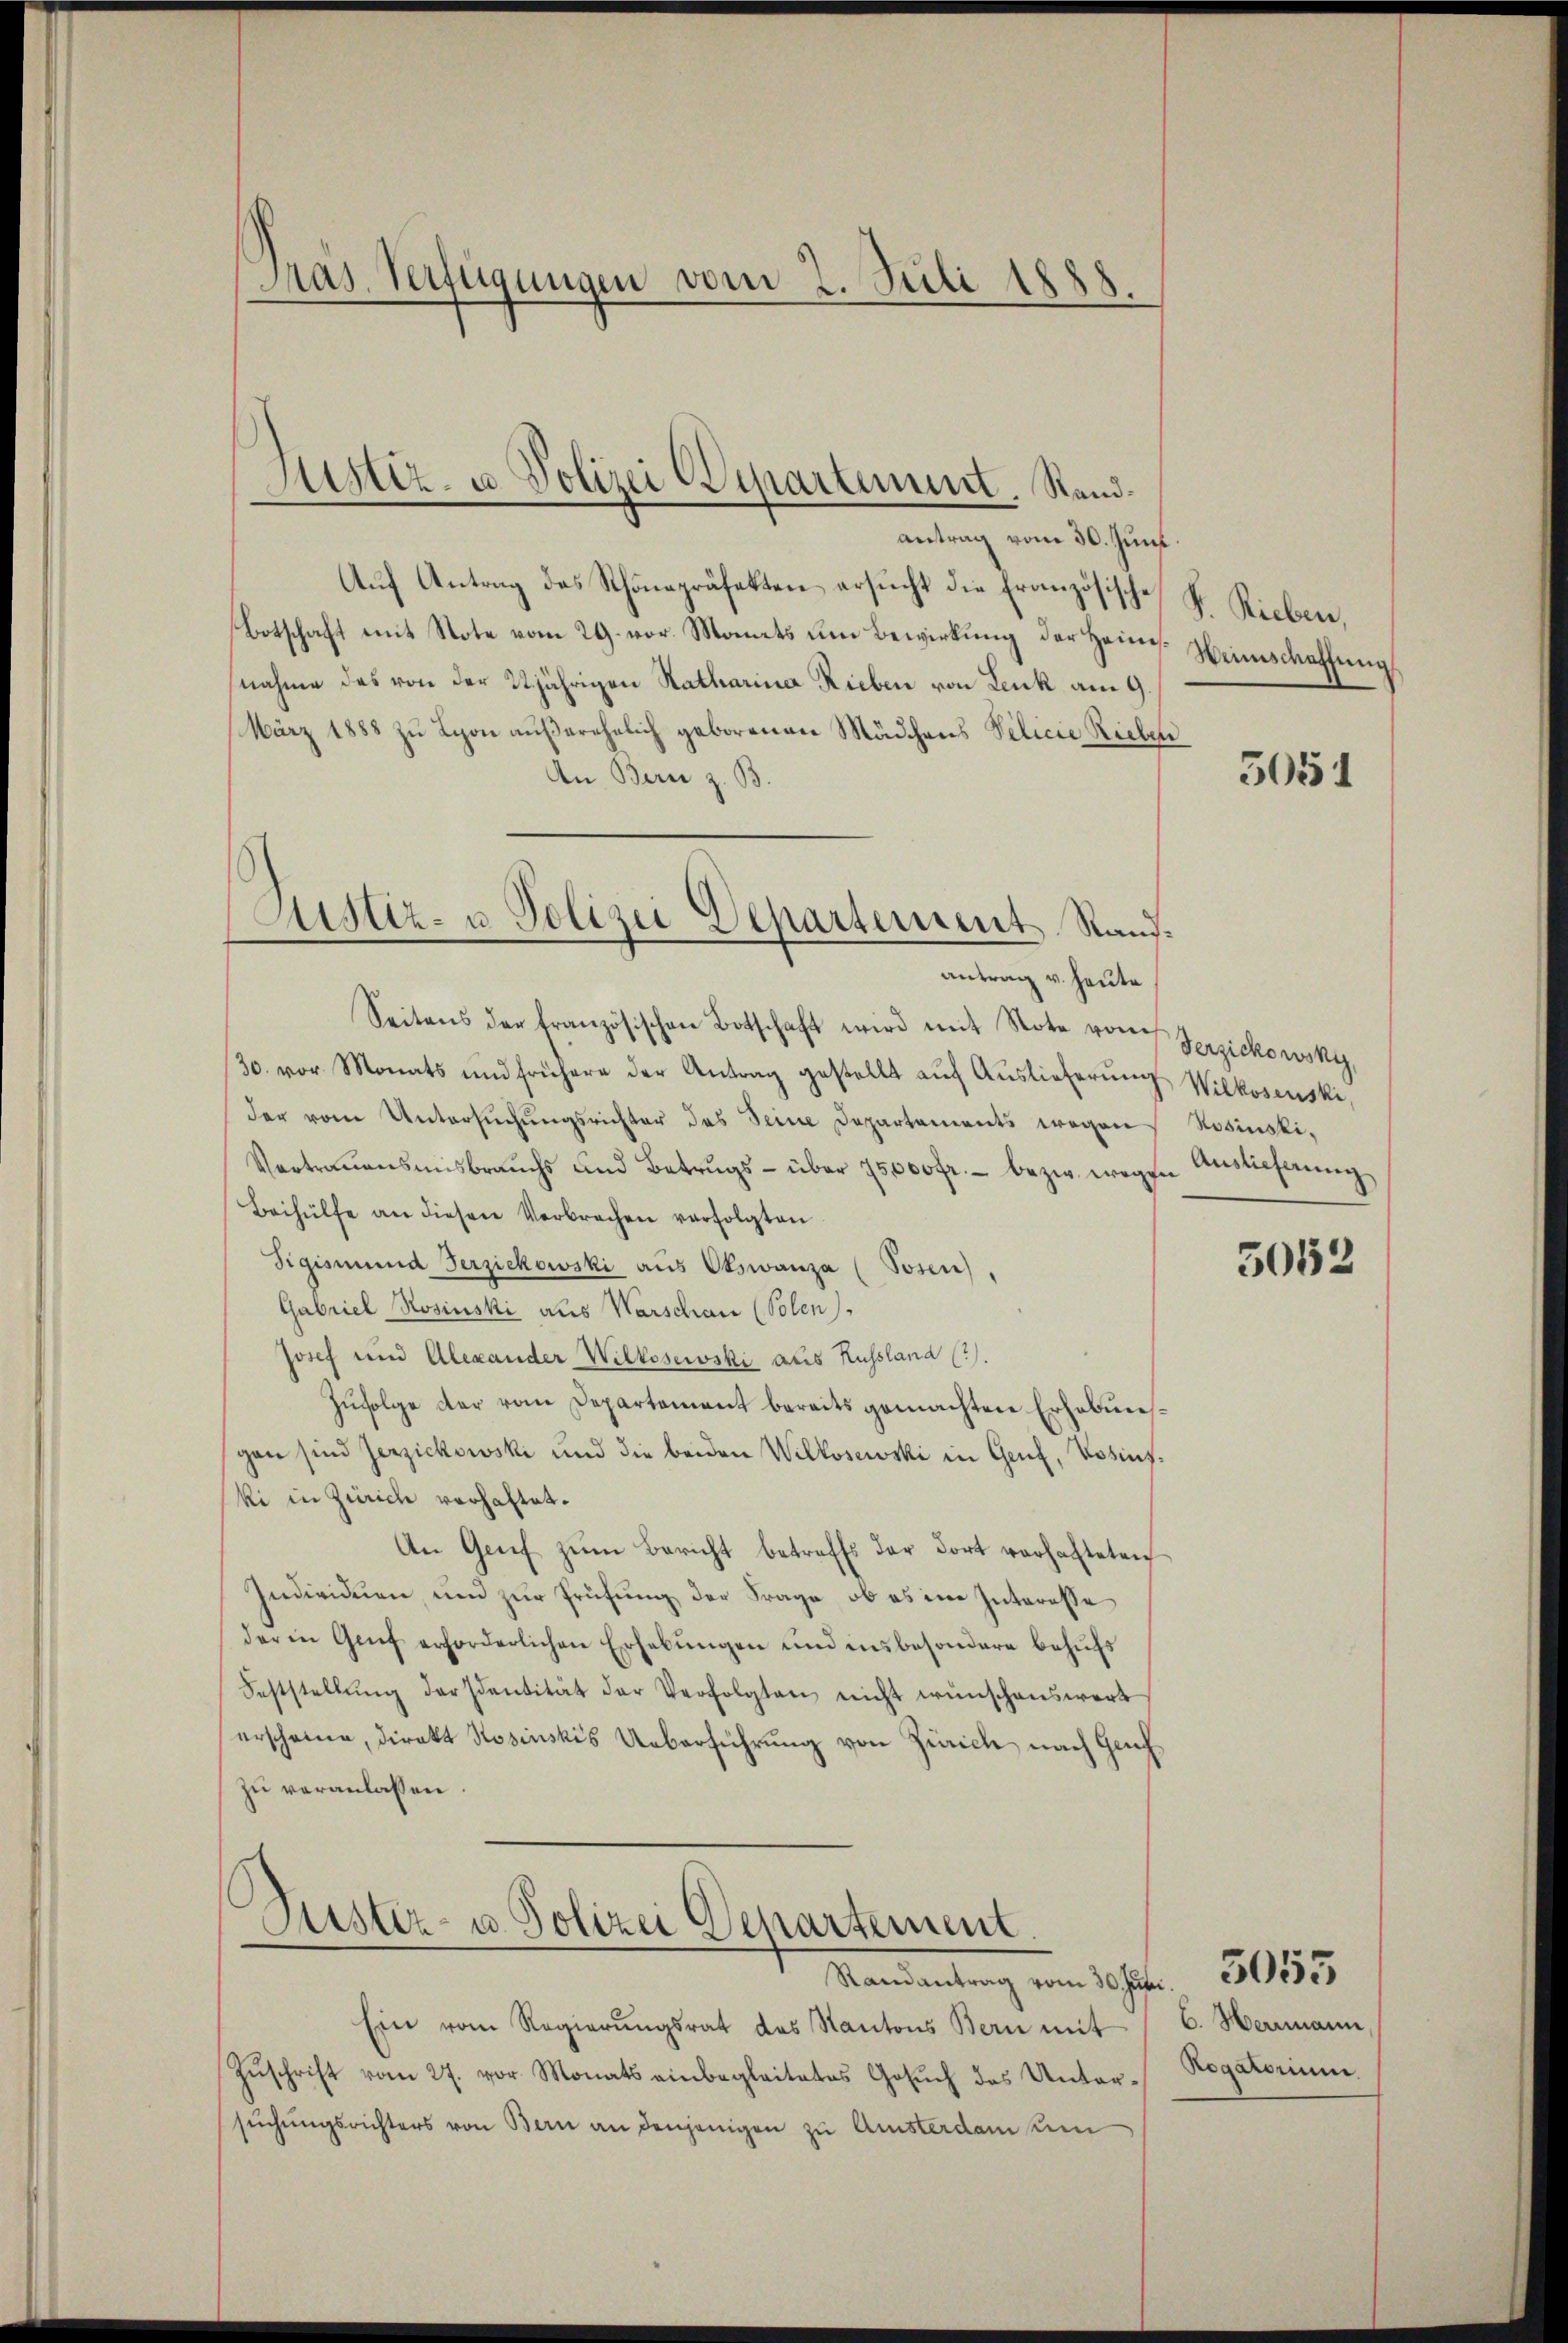
antrag vom 30. Juni
Auf Antrag des Schönepräfekten ersucht die französische
Botschaft mit Note vom 29. vor. Monats um Bewirkung der Heines
nahme das von der 22jährigen Ratharina Rieben von Leuk am 9.
März 1888 zu Lyon außerehelich geborenen Mädchens Pilicie Rieber
An Bern z. B.
Seitens der französischen Botschaft wird mit Note von Serpickowsky,
30. vor Monats und frühere der Antrag gestellt aŭf Aŭslieferŭng Wilkosenski,
der vom Untersŭchŭngsrichter das Seine Departements wegen
Vertrauensmisbrauchs und Betrŭgs- über 75,000 fr. - bezw. wegen Auslieferung
Beihülfe an diesen Verbrechen verfolgten
Sigismund Terzickowski aus Obzwanza (Posen,
Gabriel Rosinski aus Warschau (Solen.
Josef und Alexander Wilkosewski aus Russland (3).
Zufolge der vom Departement bereits gemachten Erhebunggen sind Zerzickowski und die beiden Wilkosewski in Genf, Vorinski in Zürich verhaltet.
An Genf zum Bericht betreffs der dort verhafteten
Individuen, und zur Prüfung der Frage, ob es im Interesse
der in Genf erforderlichen Erhebŭngen und insbesondere behŭfs
Feststellŭng der Identität der Verfolgten nicht wünschenswert
erscheine, direkt Rosinskis Ueberführung von Zürich nach Guh
zu veranlassen.

Mas. Verfügungen vom 2. Juli 1888.

Justiz- u. Polizei Departement. Stand.

Justiz- u Polizei Departement Rand.
antrag v. heute.

Randantrag vom 30. Jur.     2555
Ein vom Regierŭngsrat des Kantons Bern mit
Zuschrift vom 27. vor Monats einbegleitetes Gesuch des Untersuchungsrichters von Bern an denjenigen zu Amsterdamen

Justiz- u. Polizei Departement

F. Rieben,
Winschaffung

5051

Rosinsti¬

5052

6. Herrmann,
Rogatorium